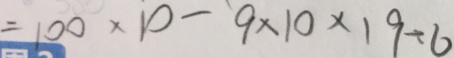
= 1 0 0 \times 1 0 - 9 \times 1 0 \times 1 9 \div 6